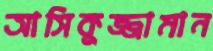
আসিকুজ্জামান